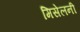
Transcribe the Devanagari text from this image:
मिसेलनी